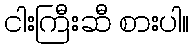
ငါးကြီးဆီ စားပါ။